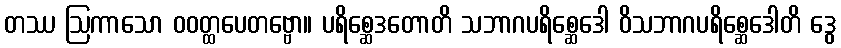
တဿ ဩကာသော ဝဝတ္ထပေတဗ္ဗော။ ပရိစ္ဆေဒတောတိ သဘာဂပရိစ္ဆေဒေါ ဝိသဘာဂပရိစ္ဆေဒေါတိ ဒွေ